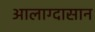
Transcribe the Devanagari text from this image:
आलाग्दासान